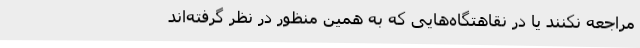
مراجعه نکنند یا در نقاهتگاه‌هایی که به همین منظور در نظر گرفته‌اند